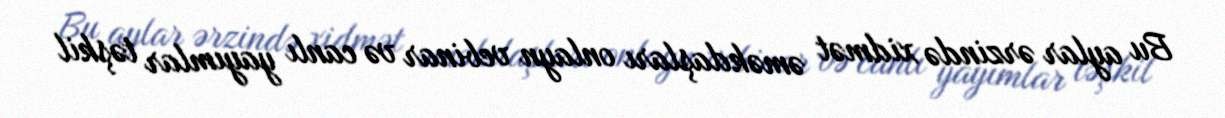
Bu aylar ərzində xidmət əməkdaşları onlayn vebinar və canlı yayımlar təşkil